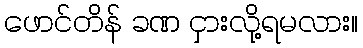
ဖောင်တိန် ခဏ ငှားလို့ရမလား။